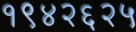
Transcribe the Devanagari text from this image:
१९४२६२५